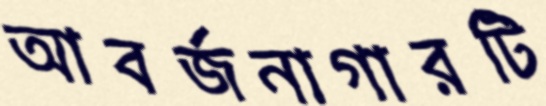
আবর্জনাগারটি